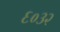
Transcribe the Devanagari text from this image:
६०३२